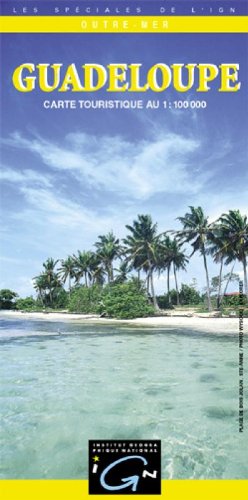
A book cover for Guadelope 1:100,000 IGN 3615 (English and French Edition); Ign; Travel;